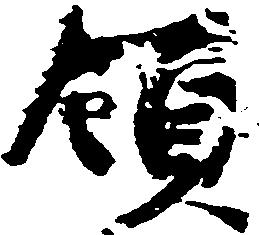
領